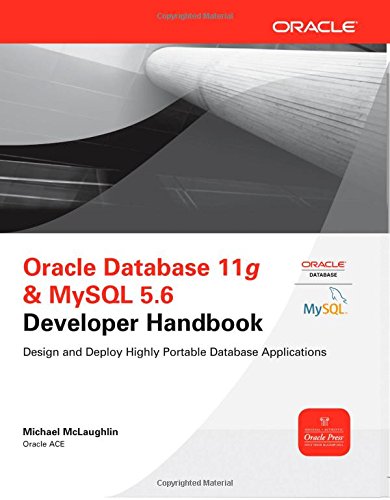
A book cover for Oracle Database 11g & MySQL 5.6 Developer Handbook (Oracle Press); Michael McLaughlin; Computers & Technology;